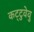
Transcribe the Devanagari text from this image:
कट्‌टुवेवु